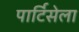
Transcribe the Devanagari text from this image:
पार्टिसेला